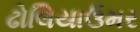
ઢોલિયાઉમર